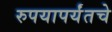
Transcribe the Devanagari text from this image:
रुपयापर्यंतचे